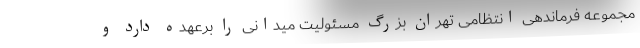
مجموعه فرماندهی انتظامی تهران بزرگ مسئولیت میدانی را برعهده دارد و